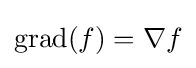
\operatorname {grad} (f)=\nabla f